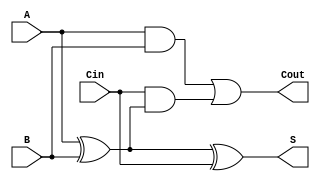
module ripple_carry_full_adder (
    input wire A,    // First binary input
    input wire B,    // Second binary input
    input wire Cin,  // Carry-in input
    output wire S,   // Sum output
    output wire Cout // Carry-out output
);

// Internal wires for the XOR and AND operations
wire AxorB;

// XOR gates for sum computation
assign AxorB = A ^ B; // First XOR: A XOR B
assign S = AxorB ^ Cin; // Second XOR: (A XOR B) XOR Cin

// AND gates for carry-out computation
wire A_and_B = A & B; // First AND: A AND B
wire Cin_and_AxorB = Cin & AxorB; // Second AND: Cin AND (A XOR B)

// OR gate for final carry-out
assign Cout = A_and_B | Cin_and_AxorB; // Carry-out: (A AND B) OR (Cin AND (A XOR B))

endmodule